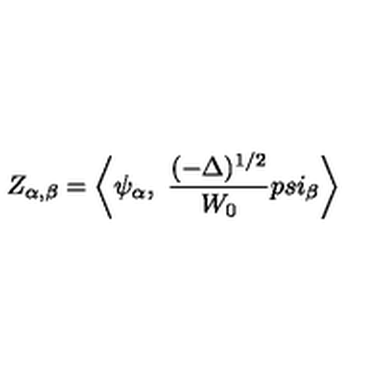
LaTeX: Z _ { \alpha , \beta } = \bigg < \psi _ { \alpha } , \ { \frac { ( - \Delta ) ^ { 1 / 2 } } { W _ { 0 } } } p s i _ { \beta } \bigg >